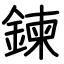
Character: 鍊